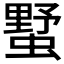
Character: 𧐓